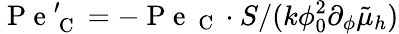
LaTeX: \mathrm{~P~e~}_{\mathrm{~C~}}^{\prime}=-\mathrm{~P~e~}_{\mathrm{~C~}}\cdot S/(k\phi_{0}^{2}\partial_{\phi}\tilde{\mu}_{h})